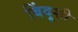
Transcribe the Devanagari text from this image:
बिंदूशी